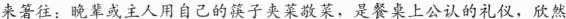
来著往：晚辈或主人用自己的筷子夹菜敬菜，是餐桌上公认的礼仪，欣然